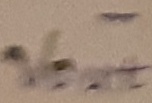
Text: -Vout